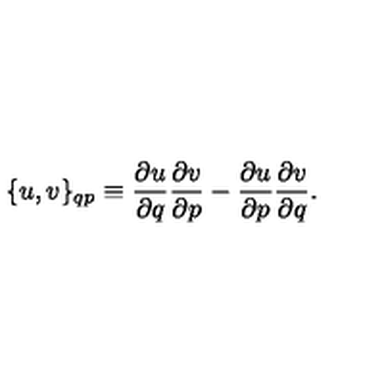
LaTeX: \{ u , v \} _ { q p } \equiv { \frac { \partial u } { \partial q } } { \frac { \partial v } { \partial p } } - { \frac { \partial u } { \partial p } } { \frac { \partial v } { \partial q } } .